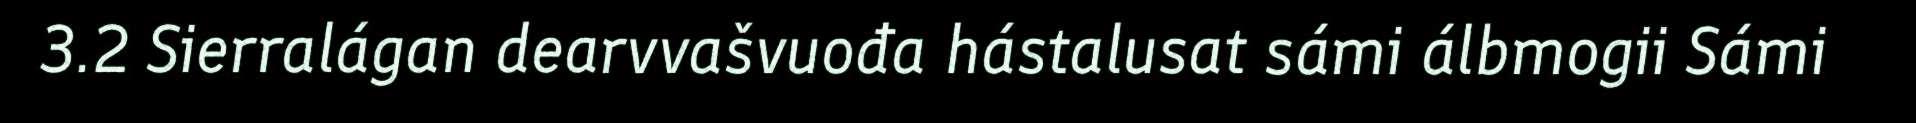
3.2 Sierralágan dearvvašvuođa hástalusat sámi álbmogii Sámi